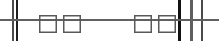
١٠    ١١